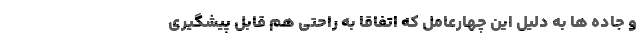
و جاده ها به دلیل این چهارعامل که اتفاقا به راحتی هم قابل پیشگیری